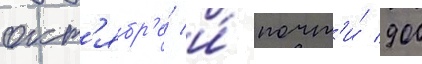
окт'ябр'е́ и́ почт'и́ 900